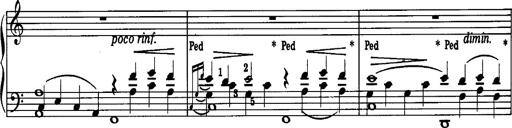
Title: La romanesca
Composer: Franz Liszt